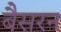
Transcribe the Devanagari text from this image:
बैसरन